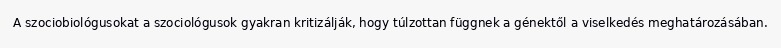
A szociobiológusokat a szociológusok gyakran kritizálják, hogy túlzottan függnek a génektől a viselkedés meghatározásában.